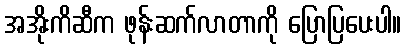
အအိုးကိဆီက ဖုန်းဆက်လာတာကို ပြောပြပေးပါ။